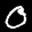
Label: 0